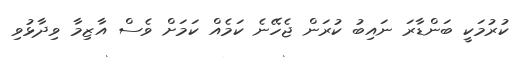
ކުރުމަކީ ބަންޑާރަ ނައިބު ކުރަން ޖެހޭނެ ކަމެއް ކަމަށް ވެސް އާޒިމާ ވިދާޅުވި